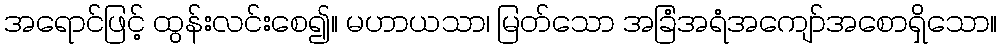
အရောင်ဖြင့် ထွန်းလင်းစေ၍။ မဟာယသာ၊ မြတ်သော အခြံအရံအကျော်အစောရှိသော။